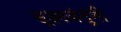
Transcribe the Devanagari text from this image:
सूक्ष्मजंतूंनी